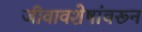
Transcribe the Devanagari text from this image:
जीवावशेषांवरून